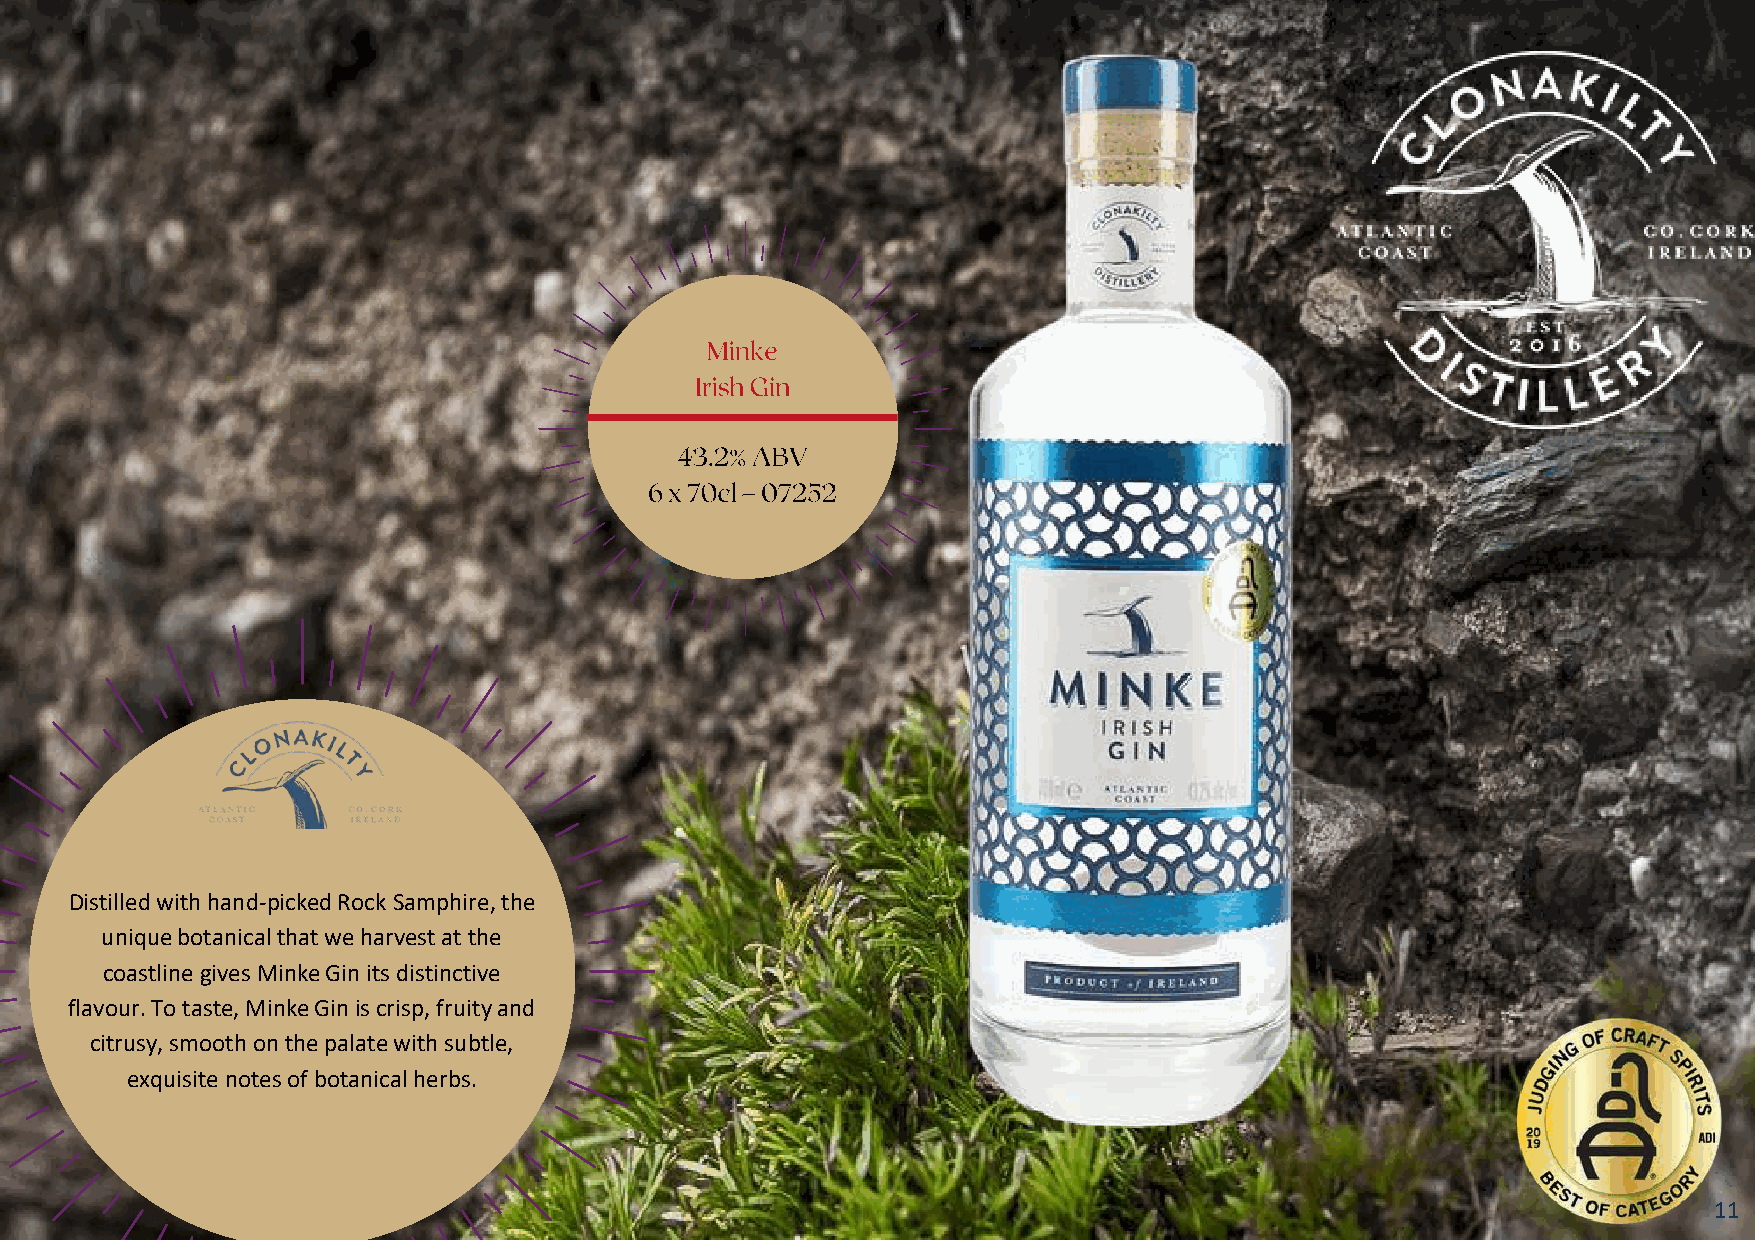
Distilled with hand-picked Rock Samphire, the
 unique botanical that we harvest at the
 coastlinegives Minke Gin its distinctive
 flavour. To taste, Minke Gin is crisp, fruity and
 citrusy, smooth on the palate with subtle,
 exquisite notes of botanical herbs.
 11